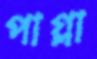
পাগ্লা